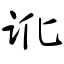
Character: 讹